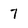
Character: 7